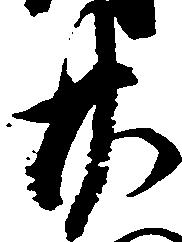
廿